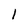
Character: I